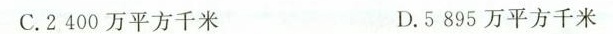
C. 2400万平方千米 D.5895万平方千米